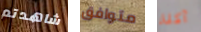
شاهدتم متوافق آكلة